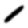
Digit: 1